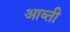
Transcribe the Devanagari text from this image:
आब्ती